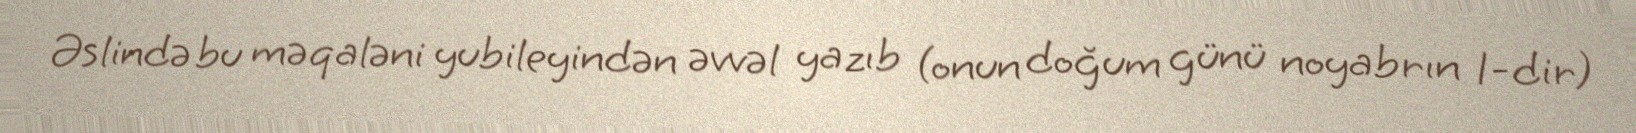
Əslində bu məqaləni yubileyindən əvvəl yazıb (onun doğum günü noyabrın 1-dir)